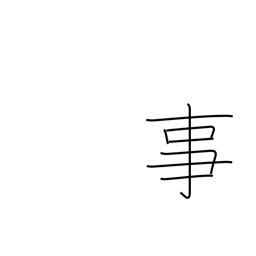
Meaning: fact